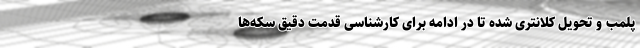
پلمب و تحویل کلانتری شده تا در ادامه برای کارشناسی قدمت دقیق سکه‌ها